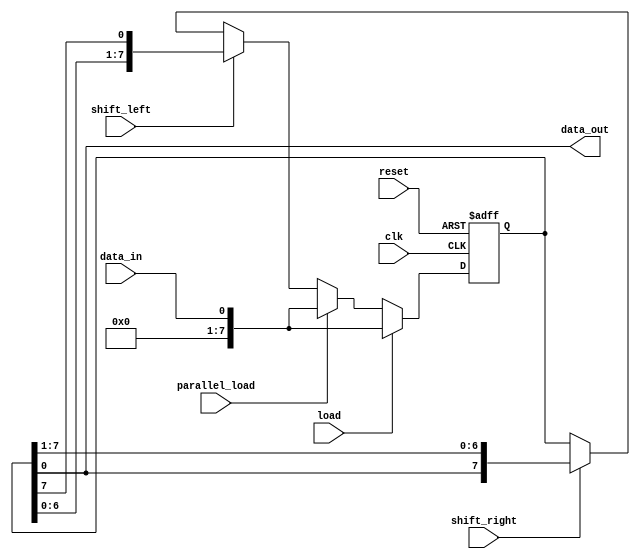
module UniversalShiftRegister (
    input wire clk,           // Clock input
    input wire reset,         // Reset signal
    input wire load,          // Load signal for synchronous loading
    input wire parallel_load, // Parallel load signal
    input wire shift_left,    // Shift left signal
    input wire shift_right,   // Shift right signal
    input wire data_in,       // Input data
    output reg data_out       // Output data
);

reg [7:0] reg_data;          // 8-bit register for storing data

always @ (posedge clk or posedge reset) begin
    if (reset) begin
        reg_data <= 8'b0;    // Reset data to 0
    end else if (load) begin
        reg_data <= data_in; // Synchronous load data
    end else if (parallel_load) begin
        reg_data <= data_in; // Parallel load data
    end else if (shift_left) begin
        reg_data <= {reg_data[6:0], reg_data[7]}; // Shift left
    end else if (shift_right) begin
        reg_data <= {reg_data[0], reg_data[7:1]}; // Shift right
    end
end

assign data_out = reg_data;  // Output data

endmodule